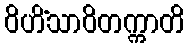
ဝိဟိံသာဝိတက္ကာတိ